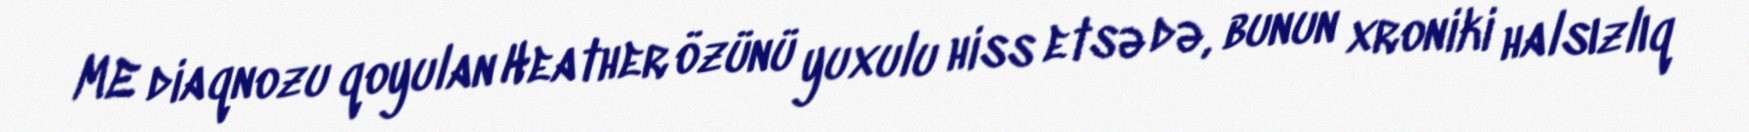
ME diaqnozu qoyulan Heather özünü yuxulu hiss etsə də, bunun xroniki halsızlıq